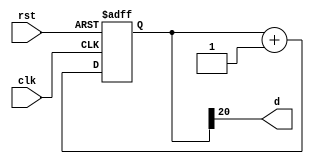
`timescale 1ns / 1ps
///////////////////////////////////////////////////////////////////////////////
// ENGI-0538-WB Computer Organization
// Lab Project: Single Cycle Processor
// Module Name:    freqDivider 
// Target Devices: Xilinx Spartan 3E Starter Board
///////////////////////////////////////////////////////////////////////////////
module freqDivider #(parameter N = 20)(
     input clk,
     input rst,
     output d
    );
    
    reg [N:0] q;
    
    always @ ( posedge clk, posedge rst )
    begin
        if ( rst ) begin
            q <= 0;
        end else begin
            q <= q + 1;
        end
    end
    
    assign d = q[N];    
endmodule